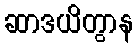
ဆာဒယိတွာန